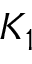
K _ { 1 }